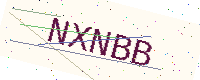
Text: NXNBB